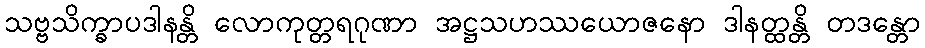
သဗ္ဗသိက္ခာပဒါနန္တိ လောကုတ္တရဂုဏာ အဋ္ဌသဟဿယောဇနော ဒါနတ္ထန္တိ တဒန္တော